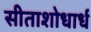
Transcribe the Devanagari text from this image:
सीताशोधार्ध